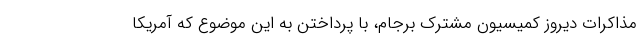
مذاکرات دیروز کمیسیون مشترک برجام، با پرداختن به این موضوع که آمریکا